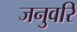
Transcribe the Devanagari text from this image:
जनुवरि